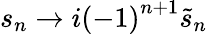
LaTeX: s_{n}\rightarrow i\left(-1\right)^{n+1}\tilde{s}_{n}